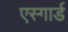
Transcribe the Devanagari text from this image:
एस्गार्ड